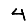
Digit: 4